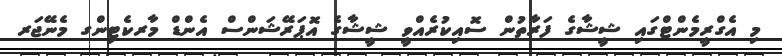
މި އެގްރީމެންޓްގައި ޝީޝާގެ ފަރާތުން ސޮއިކުރެއްވީ ޝީޝާގެ އޮޕަރޭޝަންސް އެންޑް މާރކެޓިންގ މެނޭޖަރ